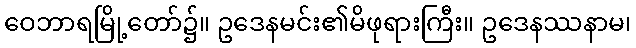
ဝေဘာရမြို့တော်၌။ ဥဒေနမင်း၏မိဖုရားကြီး။ ဥဒေနဿနာမ၊